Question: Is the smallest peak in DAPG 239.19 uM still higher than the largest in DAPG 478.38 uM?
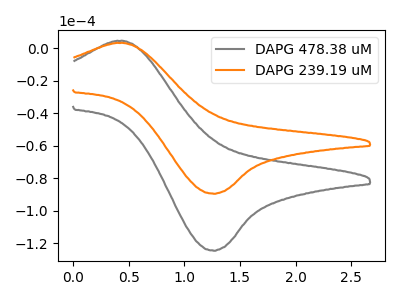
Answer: <think>The gray curve "DAPG 478.38 uM" has an anodic peak at (0.40V, 4.35uA) and a cathodic peak at (1.25V, -124.65uA). The orange curve "DAPG 239.19 uM" has an anodic peak at (0.40V, 3.15uA) and a cathodic peak at (1.25V, -89.60uA).</think>
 <answer>Every peak in "DAPG 239.19 uM" is lower than every peak in "DAPG 478.38 uM".</answer>
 <eval>lower</eval>